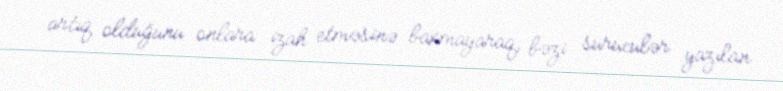
artıq olduğunu onlara izah etməsinə baxmayaraq, bəzi sürücülər yazılan